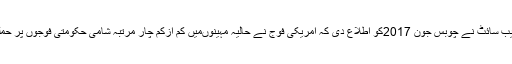
مسلم ٹائمز ویب سائٹ نے چوبس جون 2017کو اطلاع دی کہ امریکی فوج نے حالیہ مہینوںمیں کم ازکم چار مرتبہ شامی حکومتی فوجوں پر حملے کیے ہیں۔